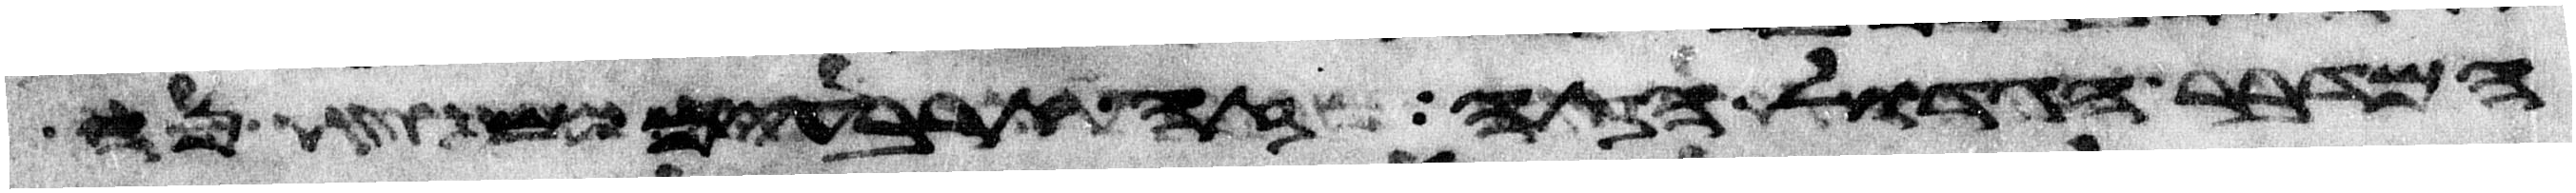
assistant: המדבר הגדול הזה זה ארבעים שנה